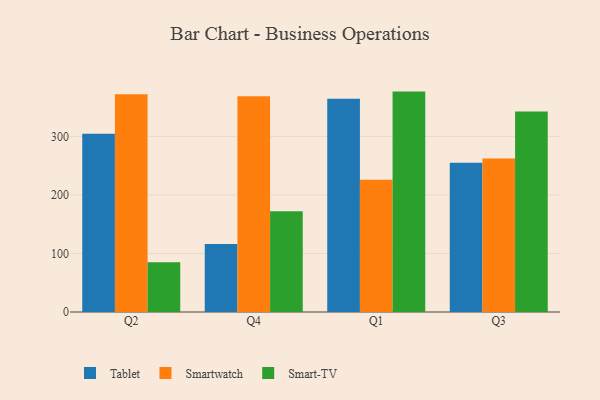
{"axis": {"x": "Quarter", "y": "Demand Index"}, "legend": ["Smart-TV", "Smartwatch", "Tablet"], "data": [{"x": "Q2", "y": 304.7, "type": "Tablet"}, {"x": "Q2", "y": 372.2, "type": "Smartwatch"}, {"x": "Q2", "y": 84.9, "type": "Smart-TV"}, {"x": "Q4", "y": 116.0, "type": "Tablet"}, {"x": "Q4", "y": 368.5, "type": "Smartwatch"}, {"x": "Q4", "y": 172.0, "type": "Smart-TV"}, {"x": "Q1", "y": 364.2, "type": "Tablet"}, {"x": "Q1", "y": 226.0, "type": "Smartwatch"}, {"x": "Q1", "y": 376.6, "type": "Smart-TV"}, {"x": "Q3", "y": 255.2, "type": "Tablet"}, {"x": "Q3", "y": 262.2, "type": "Smartwatch"}, {"x": "Q3", "y": 342.5, "type": "Smart-TV"}]}